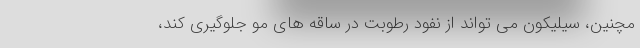
مچنین، سیلیکون می تواند از نفود رطوبت در ساقه های مو جلوگیری کند،